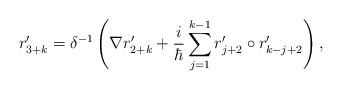
LaTeX: \begin{align*}r_{3+k}^{\prime }=\delta ^{-1}\left( \nabla r_{2+k}^{\prime }+\frac i\hbar\sum\limits_{j=1}^{k-1}r_{j+2}^{\prime }\circ r_{k-j+2}^{\prime }\right) ,\end{align*}